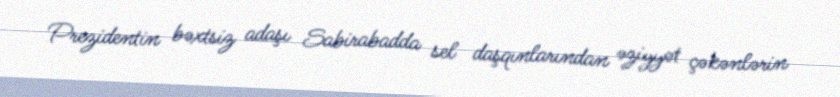
Prezidentin bəxtsiz adaşı Sabirabadda sel daşqınlarından əziyyət çəkənlərin